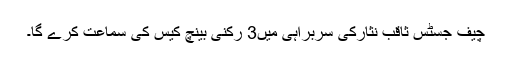
چیف جسٹس ثاقب نثارکی سربراہی میں3 رکنی بینچ کیس کی سماعت کرے گا۔